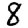
Digit: 8